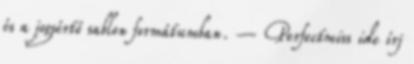
és a jogsértő sablon formátumban. – Perfectmiss ide írj